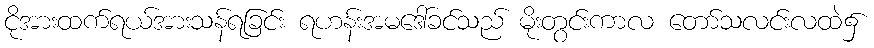
ငိုအားထက်ရယ်အားသန်ရခြင်း ရဟန်းအမဒေါ်ခင်သည် မိုးတွင်းကာလ တော်သလင်းလထဲ၌